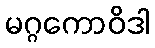
မဂ္ဂကောဝိဒါ